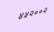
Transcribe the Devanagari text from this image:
४५२००२